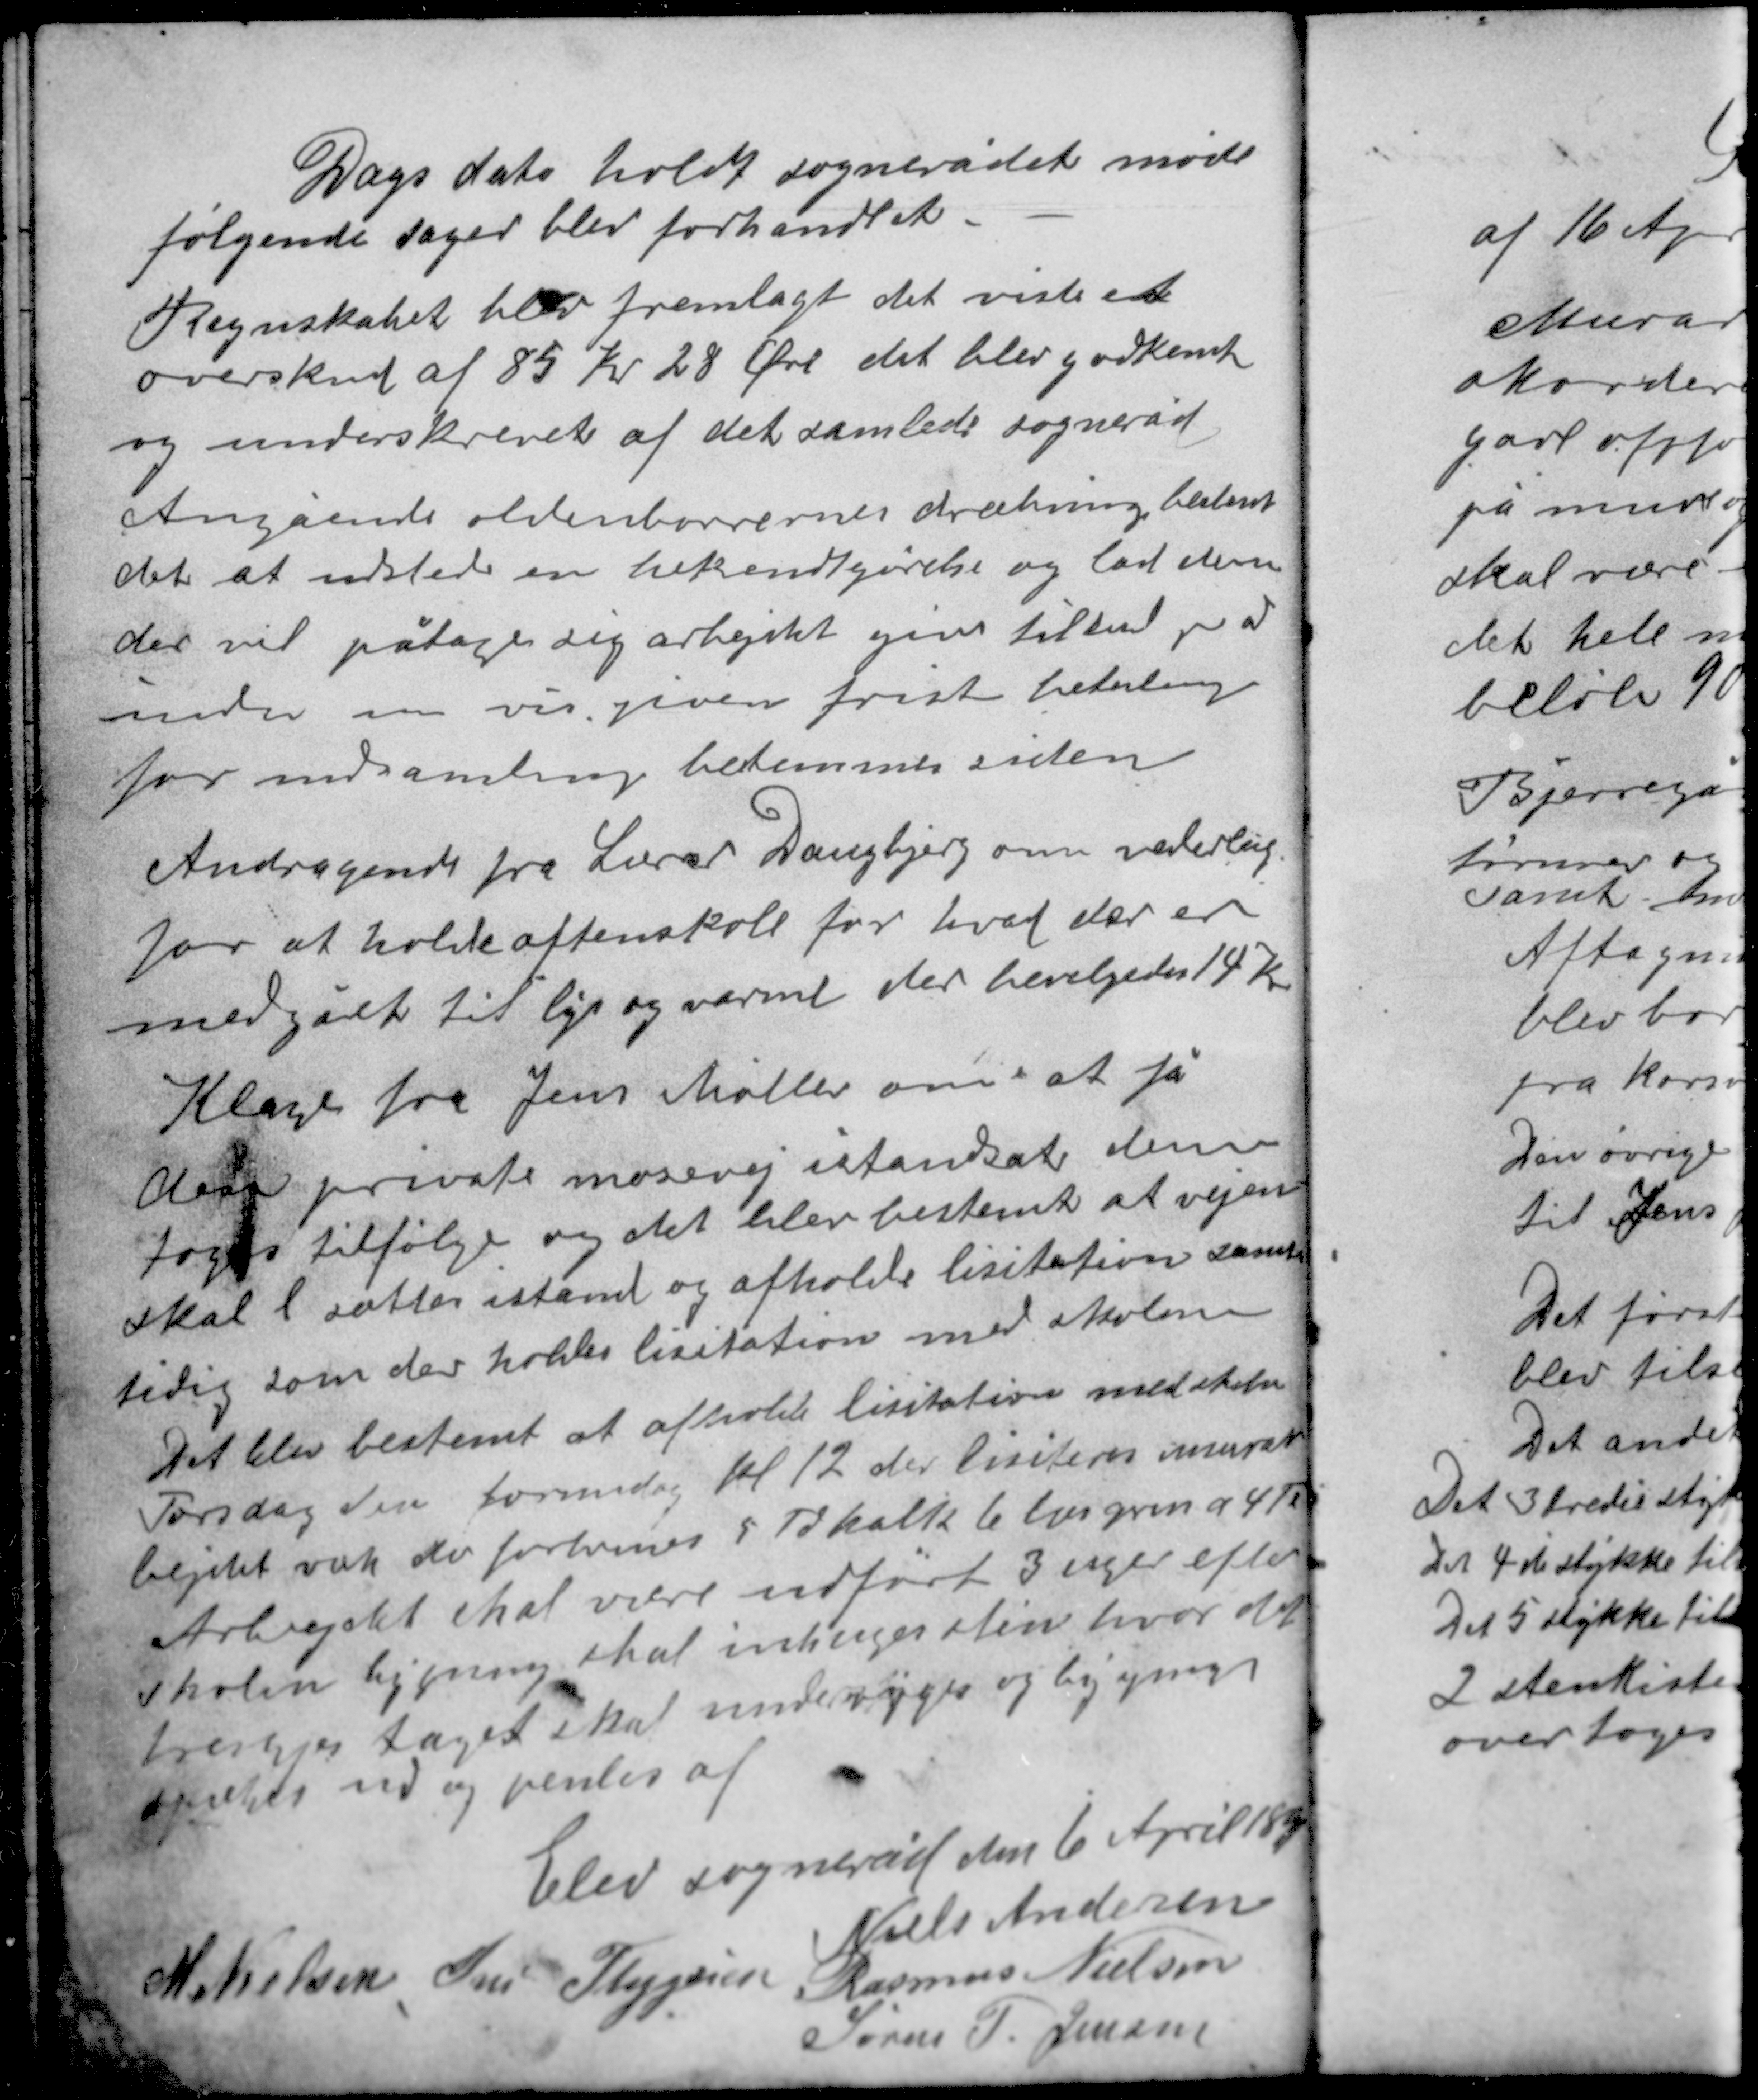
Transskription:
Dags dato holdt sognerådet møde
følgende sager blev forhandlet.
Regnskabet blev fremlagt det viste et
overskud af 85 Kr 28 Øre det blev godkendt
og underskrevet af det samlede sogneråd

Angående oldenborrenes dræbning bestemtes
det at udstede en bekendtgørelse og lad dem
der vil påtage sig arbejdet give tilbud på det
inden en vis given frist betaling
for indsamling bestemmes siden

Andragende fra Lærer Daugbjerg om vederlag
for at holde aftenskole for hvad der er
medgået til lys og varme der bevilgedes 14 K

Klage fra Jens Møller om at få
den private mosevej istandsat denne
toges tilfølge og det blev bestemt at vejen
skal l sættes istand og afholde licitation sam-
tidig som der holdes lisitation med skolen
Det blev bestemt at afholde lisitation med skolen
Torsdag den formdag kl. 12 der lisiteres murar-
bejdet væk der forxxxxx 5 Td kalk 6 læs grus a 4 Td
Arbejdet skal være udført 3 uger efter
skolen ligning skal inhuger sten hvor det
 taget skal underxxx og bøjxxx
 ud og vendes af

Elev sogneråd den 6 April 1891
Niels Andersen
M. Nielsen Iver Thygesen Rasmus Nielsen
Søren P. Jensen